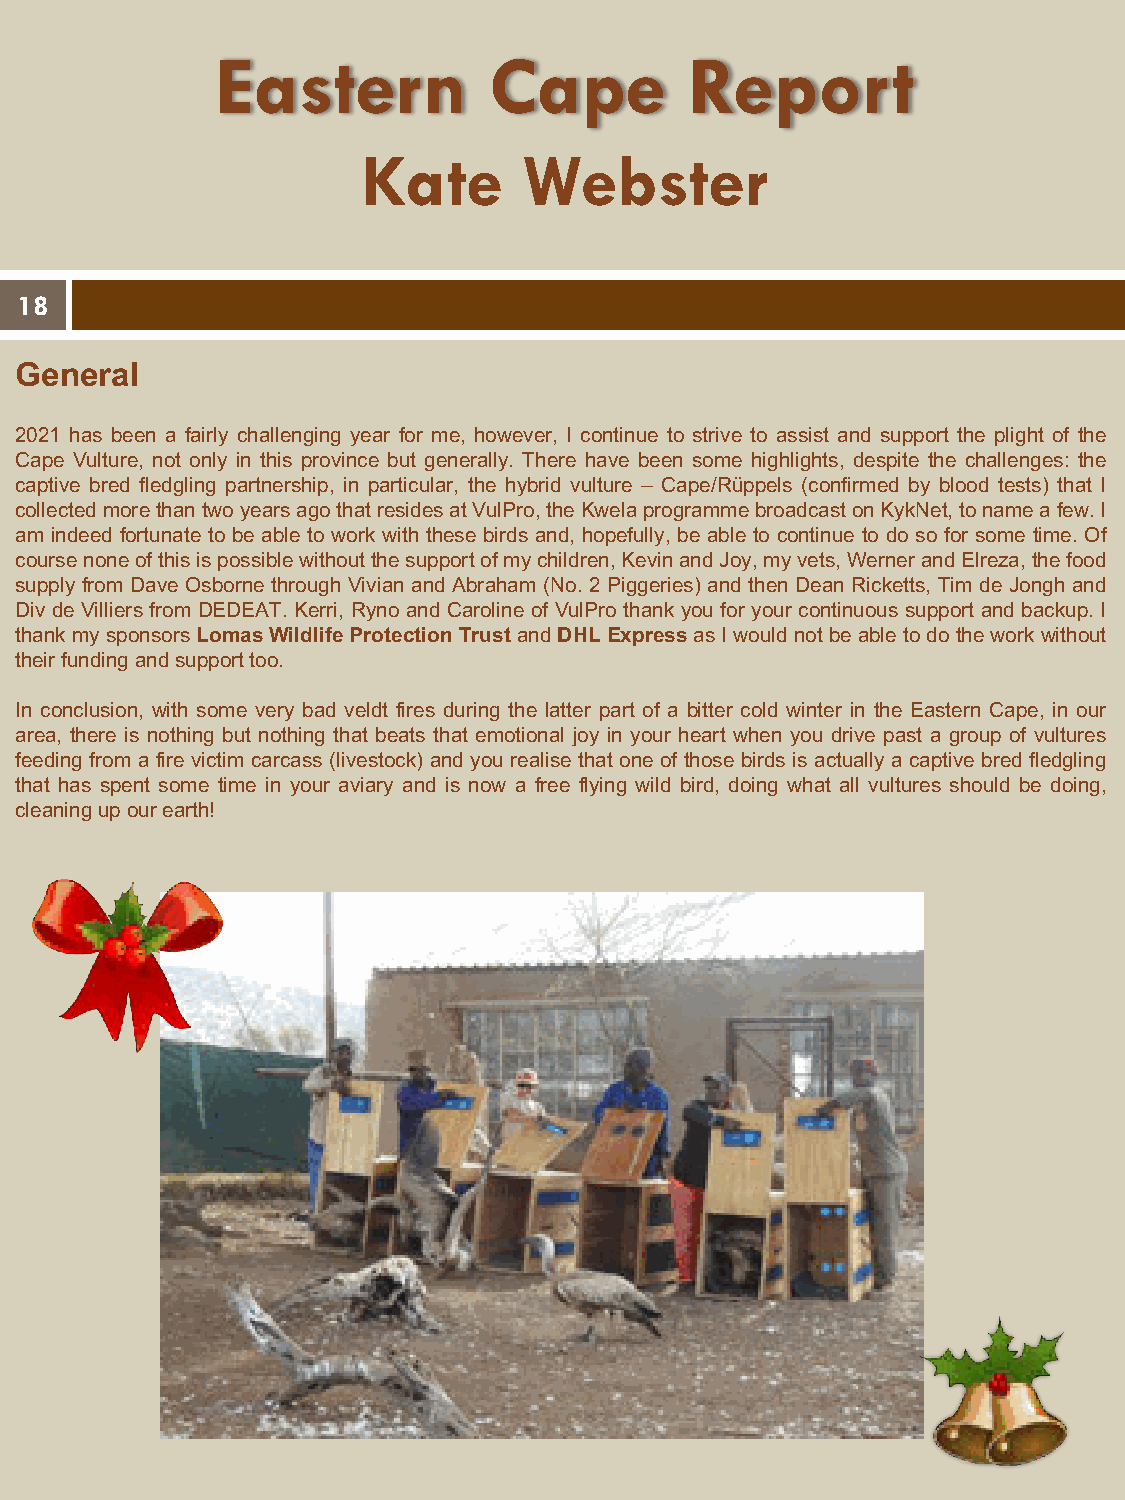
Eastern           Cape          Report
 Kate       Webster
 18
 General
 2021 has been a fairly challenging year for me, however, I continue to strive to assist and support the plight of the
 Cape Vulture, not only in this province but generally. There have been some highlights, despite the challenges: the
 captive bred fledgling partnership, in particular, the hybrid vulture – Cape/Rüppels (confirmed by blood tests) that I
 collectedmorethantwoyearsagothatresidesatVulPro,theKwelaprogrammebroadcastonKykNet,tonameafew.I
 am indeed fortunate to be able to work with these birds and, hopefully, be able to continue to do so for some time. Of
 coursenoneofthisispossiblewithoutthesupportofmychildren,KevinandJoy,myvets,WernerandElreza,thefood
 supply from Dave Osborne through Vivian and Abraham (No. 2 Piggeries) and then Dean Ricketts, Tim de Jongh and
 Div de Villiers from DEDEAT. Kerri, Ryno and Caroline of VulPro thank you for your continuous support and backup. I
 thankmysponsorsLomasWildlifeProtectionTrust andDHLExpressasIwouldnotbeabletodotheworkwithout
 theirfundingandsupporttoo.
 In conclusion, with some very bad veldt fires during the latter part of a bitter cold winter in the Eastern Cape, in our
 area, there is nothing but nothing that beats that emotional joy in your heart when you drive past a group of vultures
 feeding from a fire victim carcass (livestock) and you realise that one of those birds is actually a captive bred fledgling
 that has spent some time in your aviary and is now a free flying wild bird, doing what all vultures should be doing,
 cleaningupourearth!